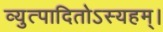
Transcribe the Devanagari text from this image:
व्युत्पादितोऽस्यहम्‌।